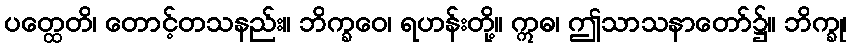
ပတ္ထေတိ၊ တောင့်တသနည်း။ ဘိက္ခဝေ၊ ရဟန်းတို့။ ဣဓ၊ ဤသာသနာတော်၌။ ဘိက္ခု၊